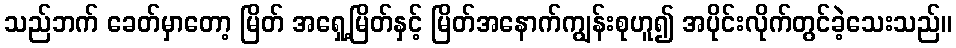
သည်ဘက် ခေတ်မှာတော့ မြိတ် အရှေ့မြိတ်နှင့် မြိတ်အနောက်ကျွန်းစုဟူ၍ အပိုင်းလိုက်တွင်ခဲ့သေးသည်။